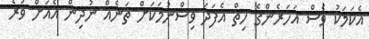
އެކަމަކު ވެސް އަހަަރެންގެ ހިތް އެފަދަ ވިސްނުމަކަށް ތަނެއް ނުދިން އެއަށް ވުރެ